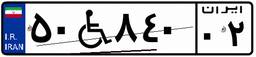
۵۰W۸۴۰۰۲